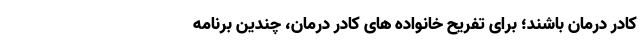
کادر درمان باشند؛ برای تفریح خانواده های کادر درمان، چندین برنامه